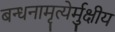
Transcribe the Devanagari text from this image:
बन्धनामृत्येर्मुक्षीय